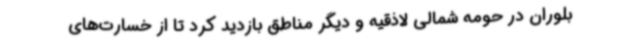
بلوران در حومه شمالی لاذقیه و دیگر مناطق بازدید کرد تا از خسارت‌های